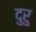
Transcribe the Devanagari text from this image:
दुरु